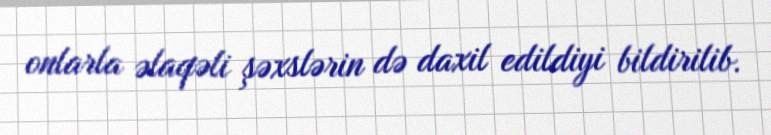
onlarla əlaqəli şəxslərin də daxil edildiyi bildirilib.